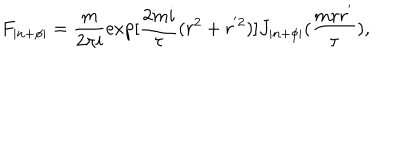
F _ { | n + \phi | } = \frac { m } { 2 \pi i } \exp [ \frac { 2 m i } { \tau } ( r ^ { 2 } + r ^ { ' 2 } ) ] J _ { | n + \phi | } ( \frac { m r r ^ { ' } } { \tau } ) ,